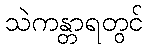
သဲကန္တာရတွင်